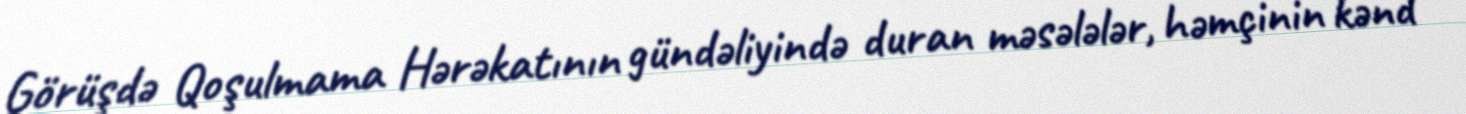
Görüşdə Qoşulmama Hərəkatının gündəliyində duran məsələlər, həmçinin kənd